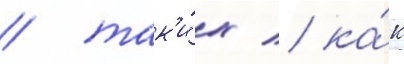
/ так'и́х / ка́к